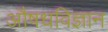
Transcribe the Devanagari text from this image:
औषधविज्ञान